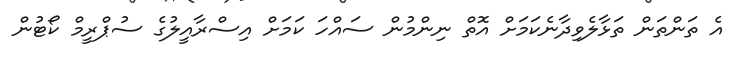
އެ ތަންތަން ތަޅާލެވިދާނެކަމަށް އޮތް ނިންމުން ސައްހަ ކަމަށް އިސްރާއީލުގެ ސުޕްރީމް ކޯޓުން